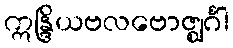
ဣန္ဒြိယဗလဗောဇ္ဈင်္ဂါ